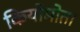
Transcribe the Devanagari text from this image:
कियोमोता